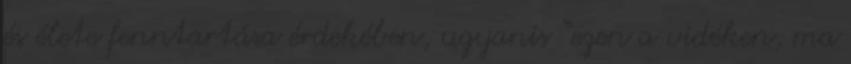
és élete fenntartása érdekében, ugyanis “ezen a vidéken, ma